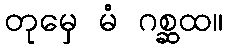
တုမှေ မံ ဂစ္ဆထ။